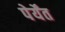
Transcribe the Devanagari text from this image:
पेर्येंत